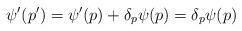
LaTeX: \begin{align*}\psi^{\prime}(p^{\prime})=\psi^{\prime}(p)+\delta_{p}\psi (p)= \delta_{p}\psi (p) \end{align*}